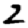
Digit: 2